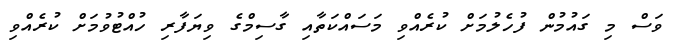
ވަސް މި ގައުމުން ފުހެލުމަށް ކުރެއްވި މަސައްކަތާއި ގާސިމްގެ ވިޔަފާރި ހުއްޓުވުމަށް ކުރެއްވި